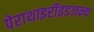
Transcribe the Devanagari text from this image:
पेराथाइरॉइडजन्य